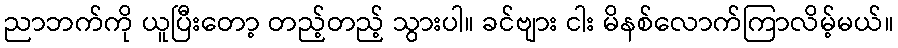
ညာဘက်ကို ယူပြီးတော့ တည့်တည့် သွားပါ။ ခင်ဗျား ငါး မိနစ်လောက်ကြာလိမ့်မယ်။